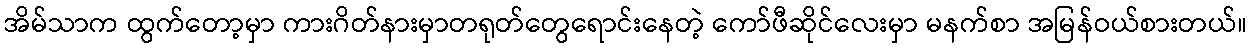
အိမ်သာက ထွက်တော့မှာ ကားဂိတ်နားမှာတရုတ်တွေရောင်းနေတဲ့ ကော်ဖီဆိုင်လေးမှာ မနက်စာ အမြန်ဝယ်စားတယ်။